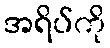
အရိပ်ကို